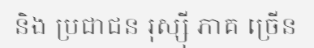
និង ប្រជាជន រុស្ស៊ី ភាគ ច្រើន